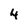
Character: 4